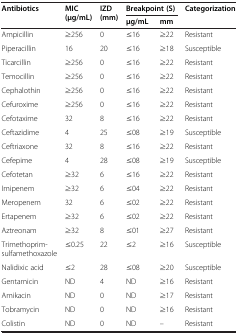
<table><thead><tr><td rowspan="2"><b>Antibiotics</b></td><td rowspan="2"><b>MIC (μg/mL)</b></td><td rowspan="2"><b>IZD (mm)</b></td><td colspan="2"><b>Breakpoint (S)</b></td><td rowspan="2"><b>Categorization</b></td></tr><tr><td><b>μg/mL</b></td><td><b>mm</b></td></tr></thead><tbody><tr><td>Ampicillin</td><td>≥256</td><td>0</td><td>≤16</td><td>≥22</td><td>Resistant</td></tr><tr><td>Piperacillin</td><td>16</td><td>20</td><td>≤16</td><td>≥18</td><td>Susceptible</td></tr><tr><td>Ticarcillin</td><td>≥256</td><td>0</td><td>≤16</td><td>≥22</td><td>Resistant</td></tr><tr><td>Temocillin</td><td>≥256</td><td>0</td><td>≤16</td><td>≥22</td><td>Resistant</td></tr><tr><td>Cephalothin</td><td>≥256</td><td>0</td><td>≤16</td><td>≥22</td><td>Resistant</td></tr><tr><td>Cefuroxime</td><td>≥256</td><td>0</td><td>≤16</td><td>≥22</td><td>Resistant</td></tr><tr><td>Cefotaxime</td><td>32</td><td>8</td><td>≤16</td><td>≥22</td><td>Resistant</td></tr><tr><td>Ceftazidime</td><td>4</td><td>25</td><td>≤08</td><td>≥19</td><td>Susceptible</td></tr><tr><td>Ceftriaxone</td><td>32</td><td>8</td><td>≤16</td><td>≥22</td><td>Resistant</td></tr><tr><td>Cefepime</td><td>4</td><td>28</td><td>≤08</td><td>≥19</td><td>Susceptible</td></tr><tr><td>Cefotetan</td><td>≥32</td><td>6</td><td>≤16</td><td>≥22</td><td>Resistant</td></tr><tr><td>Imipenem</td><td>≥32</td><td>6</td><td>≤04</td><td>≥22</td><td>Resistant</td></tr><tr><td>Meropenem</td><td>32</td><td>6</td><td>≤02</td><td>≥22</td><td>Resistant</td></tr><tr><td>Ertapenem</td><td>≥32</td><td>6</td><td>≤02</td><td>≥22</td><td>Resistant</td></tr><tr><td>Aztreonam</td><td>≥32</td><td>8</td><td>≤01</td><td>≥27</td><td>Resistant</td></tr><tr><td>Trimethoprim-sulfamethoxazole</td><td>≤0.25</td><td>22</td><td>≤2</td><td>≥16</td><td>Susceptible</td></tr><tr><td>Nalidixic acid</td><td>≤2</td><td>28</td><td>≤08</td><td>≥20</td><td>Susceptible</td></tr><tr><td>Gentamicin</td><td>ND</td><td>4</td><td>ND</td><td>≥16</td><td>Resistant</td></tr><tr><td>Amikacin</td><td>ND</td><td>0</td><td>ND</td><td>≥17</td><td>Resistant</td></tr><tr><td>Tobramycin</td><td>ND</td><td>0</td><td>ND</td><td>≥16</td><td>Resistant</td></tr><tr><td>Colistin</td><td>ND</td><td>0</td><td>ND</td><td>–</td><td>Resistant</td></tr></tbody></table>